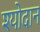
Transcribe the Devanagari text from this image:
श्योदान